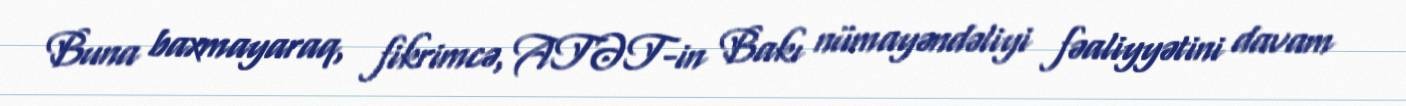
Buna baxmayaraq, fikrimcə, ATƏT-in Bakı nümayəndəliyi fəaliyyətini davam